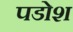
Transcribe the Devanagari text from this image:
पडोश